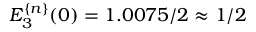
E _ { 3 } ^ { \{ n \} } ( 0 ) = 1 . 0 0 7 5 / 2 \approx 1 / 2